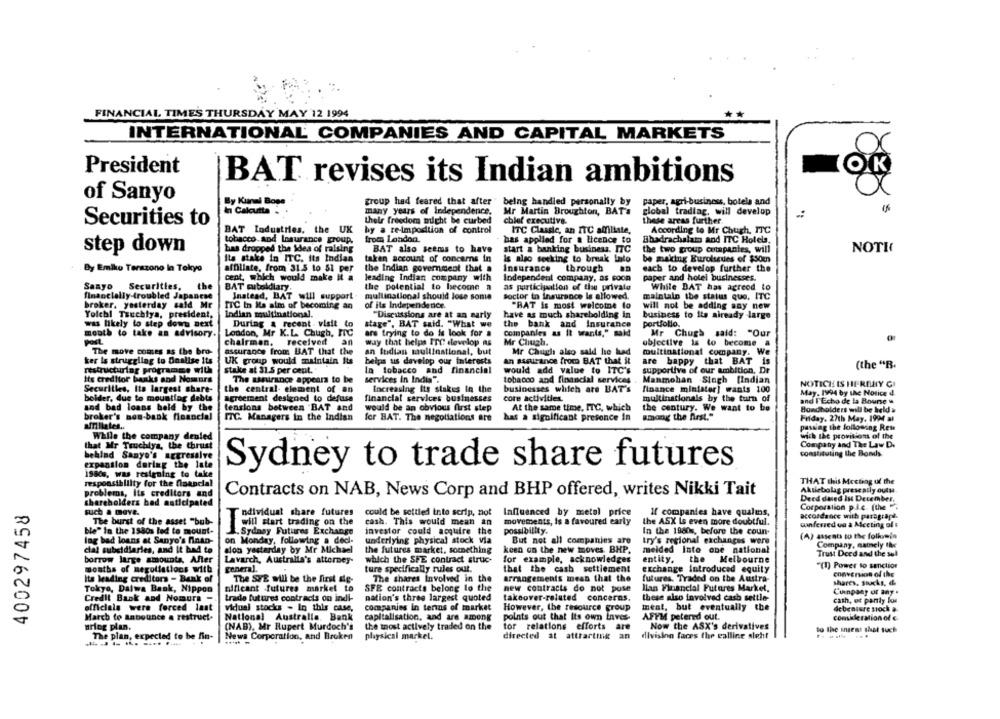
FINANCIAL TIMES THURSDAY MAY 12 1994
INTERNATIONAL COMPANIES AND CAPITAL MARKETS
President
OK
BAT revises its Indian ambitions
of Sanyo
By Kunal Boss
group had feared that after " being handled personally by
paper, agri-business, botela and
In Calcutta
many years of Independence.
Mr Martin Broughton, BAT's
global trading, will develop
Securities to
their freedom might be curbed
chief executive.
these areas further
BAT Industries, the UK
by a re-imposition of control
ITC Classic, an ITC affiliate,
According to Mr Chugh, ITC
from London
tobacco and Insurance group.
has applied for a licence to
Bhadrachalato and ITC Hotels,
step down
has dropped the idea of raising
BAT also seems to have
start a banking business. ITC
the two group cutapantes, will
NOTK
Its stake in ITC. its Indian
taken account of concerns in
Is algo seeking to break Into
be making Eurolseues of $50m
By Emiko Terazono la Tokyo
affiliate, from 31.5 to 51 per
the Indian government that a
Insurance through
each to develop further the
cent, which would make It a
leading Indian company with
Independent company, as soon
paper and hotel businesses.
Sanyo
Securities, the
BAT subsidiary.
the potential to become a
as participation of the private
While DAT has agreed to
Instead, BAT will support .
financially-troubled Japanese
multinational should lose some
soctor in insurance Is allowed.
maintain the status que, ITC
broker. yesterday said Mr
ITC in Ils aim of becoming an
of its Independence.
"BAT is most welcome to
will not be adding say new
Yolchl Tsuchiya, president,
Indian multinational.
"Discussions are at an early
have as much shareholding in
business to Its already large
was likely to step down next
During & recent visit to
stage", BAT said. "What we
the bank and Insurance
portfolio.
mouth to take an advisory.
London, Mr K.L. Chugh, ITC
are trying to do is look for a
Companies as it wants," said
Mr Chugh said: "Our
Post
chairman. received
an
way that helps ITC develop as
Mr Chugh.
objective is to become a
The move comes as the bro-
assurance from BAT that the
an ludian mullinstional, but
Mr Chugh also said he had
multinational company. We
ker is struggling to Onalise its
UK group would maintain Its
an assurance from BAT that it
are happy that BAT is
helps us develop our interests
(the "R.
restructurlag programme with
stake at 31.5 per cent."
In tobacco and financial
would add value to ITC's
supportive of our ambition, Dr
Its creditor banks and Nomurs
The unirance appears to be
services In India".
tobacco and financial services
Manmohan Singh [Indian
Securities, Its largest share-
the central- element of an
Increasing its stakes In the
businesses which are BAT's
finance minister] wants 100
NOTICE IS HIFREHY GI
May. 1994 by the Notice d
bolder, due to mountlag debts
agreement designed to defuse
financial services businesses
core activities.
multinationals by the turn of
and I'Echo de la Bourse .
and bad loans held by the
tensions between BAT and
would be an obvious first step
At the same time, ITC, which
the century. We want to be
Bondholders will be held »
broker's nos-bank financial
ITC. Managers in the Indian
for BAT. The negotiations are
has a significant presence in
among the first."
Friday. 27th May. 1994 al
affiliates ..
passing the following Res
While the company deuled
wich the provision of the
that Mr Truchlys, the thrust
Company and The Law D.
constituting the Bonds
behind Sanyo's aggressive
expansion during the late
Sydney to trade share futures
1980s, was resigning to take
THAT this Meeting of the
responsibility for the financial
problems, Its creditors and
Contracts on NAB, News Corp and BHP offered, writes Nikki Tait
Aktiebolag presently outs
shareholders had anticipated
Deed dused In December.
400297458
Influenced by metal price
Corporation p.I.c. (the .
such a move.
ndividual share futures
could be settled into scrip, not
If companies have qualms,
accordance with paragraph.
The burst of the asset "bub-
T
cash. This would mean an
movements, is a favoured early
the ASX Ls even more doubtful.
ainferred un a Meeting of $
ble" in the 1980s led to mount-
Fin start trading on the
. Sydney Futures Exchange
investor could acquire the
possibility.
In the 1980%, before the coun-
lng bad loans at Sanyo's finan-
on Monday, following a decl-
underlying physical stock via
But not all companies are
try's regional exchanges were
(A) Attenta to the foliumin
Company, namely the
cal subsidiaries, and it had to
sion yesterday by Mr Michael
the futures market, something
keen on the new moves. BHP.
melded Into one national
Trust Deed and the sul
borrow large amounta. Aller
Lavarch, Australia's attorney-
which the SPE contract struc-
for example, acknowledges
entity.
the Melbourne
months of negotiations with
general.
ture specifically rules out.
that the cash settlement
exchange introduced equity
"(1) Power to sanction
conversion of the
Its heading creditors - Bank of
The SVE will be the first ale-
The shares Involved in the
arrangements mean that the
futures. Traded on the Austra-
shares, sucks, &
Tokyo, Dalwa Bank, Nippon
nificant futures market to
SFE contracts belong to the
new contracts do not pose
lian Financial Futures Market,
Credit Bank and Nomura -
nation's three largest quoted
takeover-related concerns.
these also involved cash settle-
Cuinpaay or any .
trade futures contracts on indi-
cash, os panty los
officials were forced last
vidual stocks - In this case,
companies in terias of market
However, the resource group
meat, but eventually the
debenture sock a.
March fo Babounce & restruct.
National Australia. Bank
capitalisation, and are among
points out that Its own inves-
AFFM petered out.
comikkeration ol &
aring plan.
(NAB), Mr Rupert Murdoch's
the most actively traded on the
Now the ASX's derivatives
tor relations efforts are
to The intess that such
The plan, expected to be fin-
News Corporation, and Broken
playsical markel.
directed at atttartink an
division faces the calling sieht